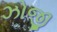
ઝોજી